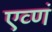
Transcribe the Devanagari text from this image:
एव्णं